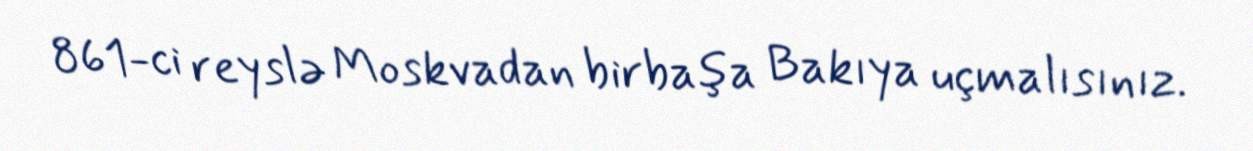
861-ci reyslə Moskvadan birbaşa Bakıya uçmalısınız.